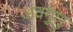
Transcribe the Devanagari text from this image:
अवगुणु